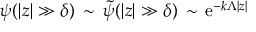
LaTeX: \psi ( | z | \gg \delta ) \, \sim \, { \tilde { \psi } } ( | z | \gg \delta ) \, \sim \, \mathrm { e } ^ { - k \Lambda | z | }